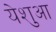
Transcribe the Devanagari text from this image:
येशुआ